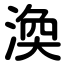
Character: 渙